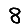
Digit: 8